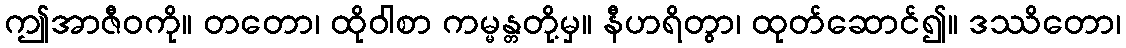
ဤအာဇီဝကို။ တတော၊ ထိုဝါစာ ကမ္မန္တတို့မှ။ နီဟရိတွာ၊ ထုတ်ဆောင်၍။ ဒဿိတော၊